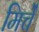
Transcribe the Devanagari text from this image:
मिर्चें